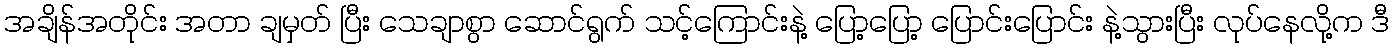
အချိန်အတိုင်း အတာ ချမှတ် ပြီး သေချာစွာ ဆောင်ရွက် သင့်ကြောင်းနဲ့ ပြော့ပြော့ ပြောင်းပြောင်း နဲ့သွားပြီး လုပ်နေလို့က ဒီ